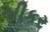
બીકર